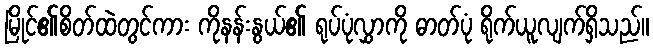
မြိုင်၏စိတ်ထဲတွင်ကား ကိုနန်းနွယ်၏ ရုပ်ပုံလွှာကို ဓာတ်ပုံ ရိုက်ယူလျက်ရှိသည်။